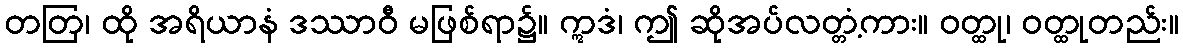
တတြ၊ ထို အရိယာနံ ဒဿာဝီ မဖြစ်ရာ၌။ ဣဒံ၊ ဤ ဆိုအပ်လတ္တံ့ကား။ ဝတ္ထု၊ ဝတ္ထုတည်း။